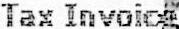
TAX INVOICE